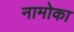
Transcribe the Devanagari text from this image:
नामोका